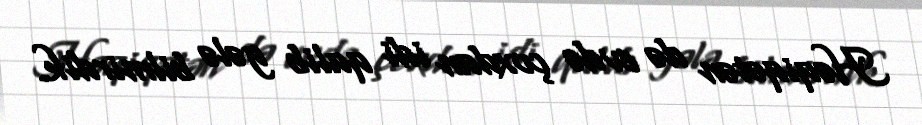
Həqiqətən də evdə çoxdan idi qalib gələ bilmirdik.